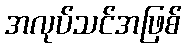
အလုပ်သင်အဖြစ်